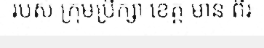
របស់ ក្រុមប្រឹក្សា ខេត្ត មាន ពីរ